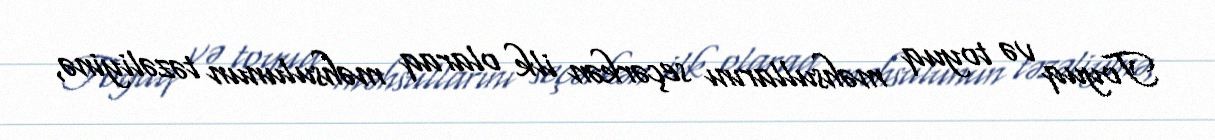
Toyuq və toyuq məhsullarını seçərkən ilk olaraq məhsulunun təzəliyinə,